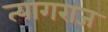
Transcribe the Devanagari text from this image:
त्‍यागराज